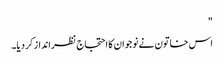
"
اس خاتون نے نوجوان کا احتجاج نظرانداز کر دیا۔